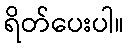
ရိတ်ပေးပါ။